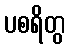
ပစရိတွ